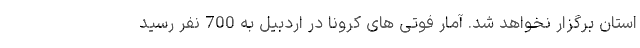
استان برگزار نخواهد شد. آمار فوتی های کرونا در اردبیل به 700 نفر رسید